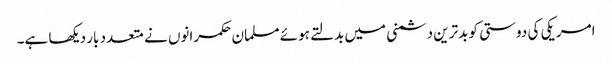
امریکی کی دوستی کو بدترین دشمنی میں بدلتے ہوئے مسلمان حکمرانوں نے متعدد بار دیکھا ہے۔